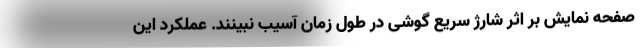
صفحه نمایش بر اثر شارژ سریع گوشی در طول زمان آسیب نبینند. عملکرد این